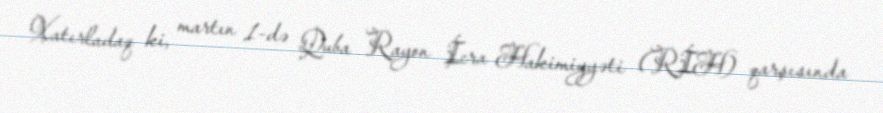
Xatırladaq ki, martın 1-də Quba Rayon İcra Hakimiyyəti (RİH) qarşısında